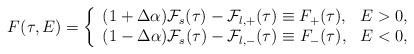
LaTeX: \begin{align*}F(\tau,E) = \left\{ \begin{array}{l l} (1 + \Delta \alpha){\cal F}_s(\tau)-{\cal F}_{l,+}(\tau) \equiv F_+(\tau), & E>0, \\ (1 - \Delta \alpha){\cal F}_s(\tau)-{\cal F}_{l,-}(\tau) \equiv F_-(\tau), & E<0, \\\end{array} \right.\end{align*}